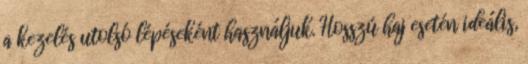
a kezelés utolsó lépéseként használjuk. Hosszú haj esetén ideális,